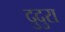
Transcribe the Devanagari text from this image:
दुदुरा